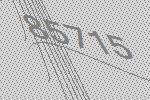
85715